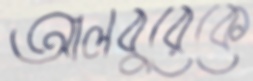
আলবুরেকে